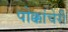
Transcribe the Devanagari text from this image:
पोक्कांचेरी